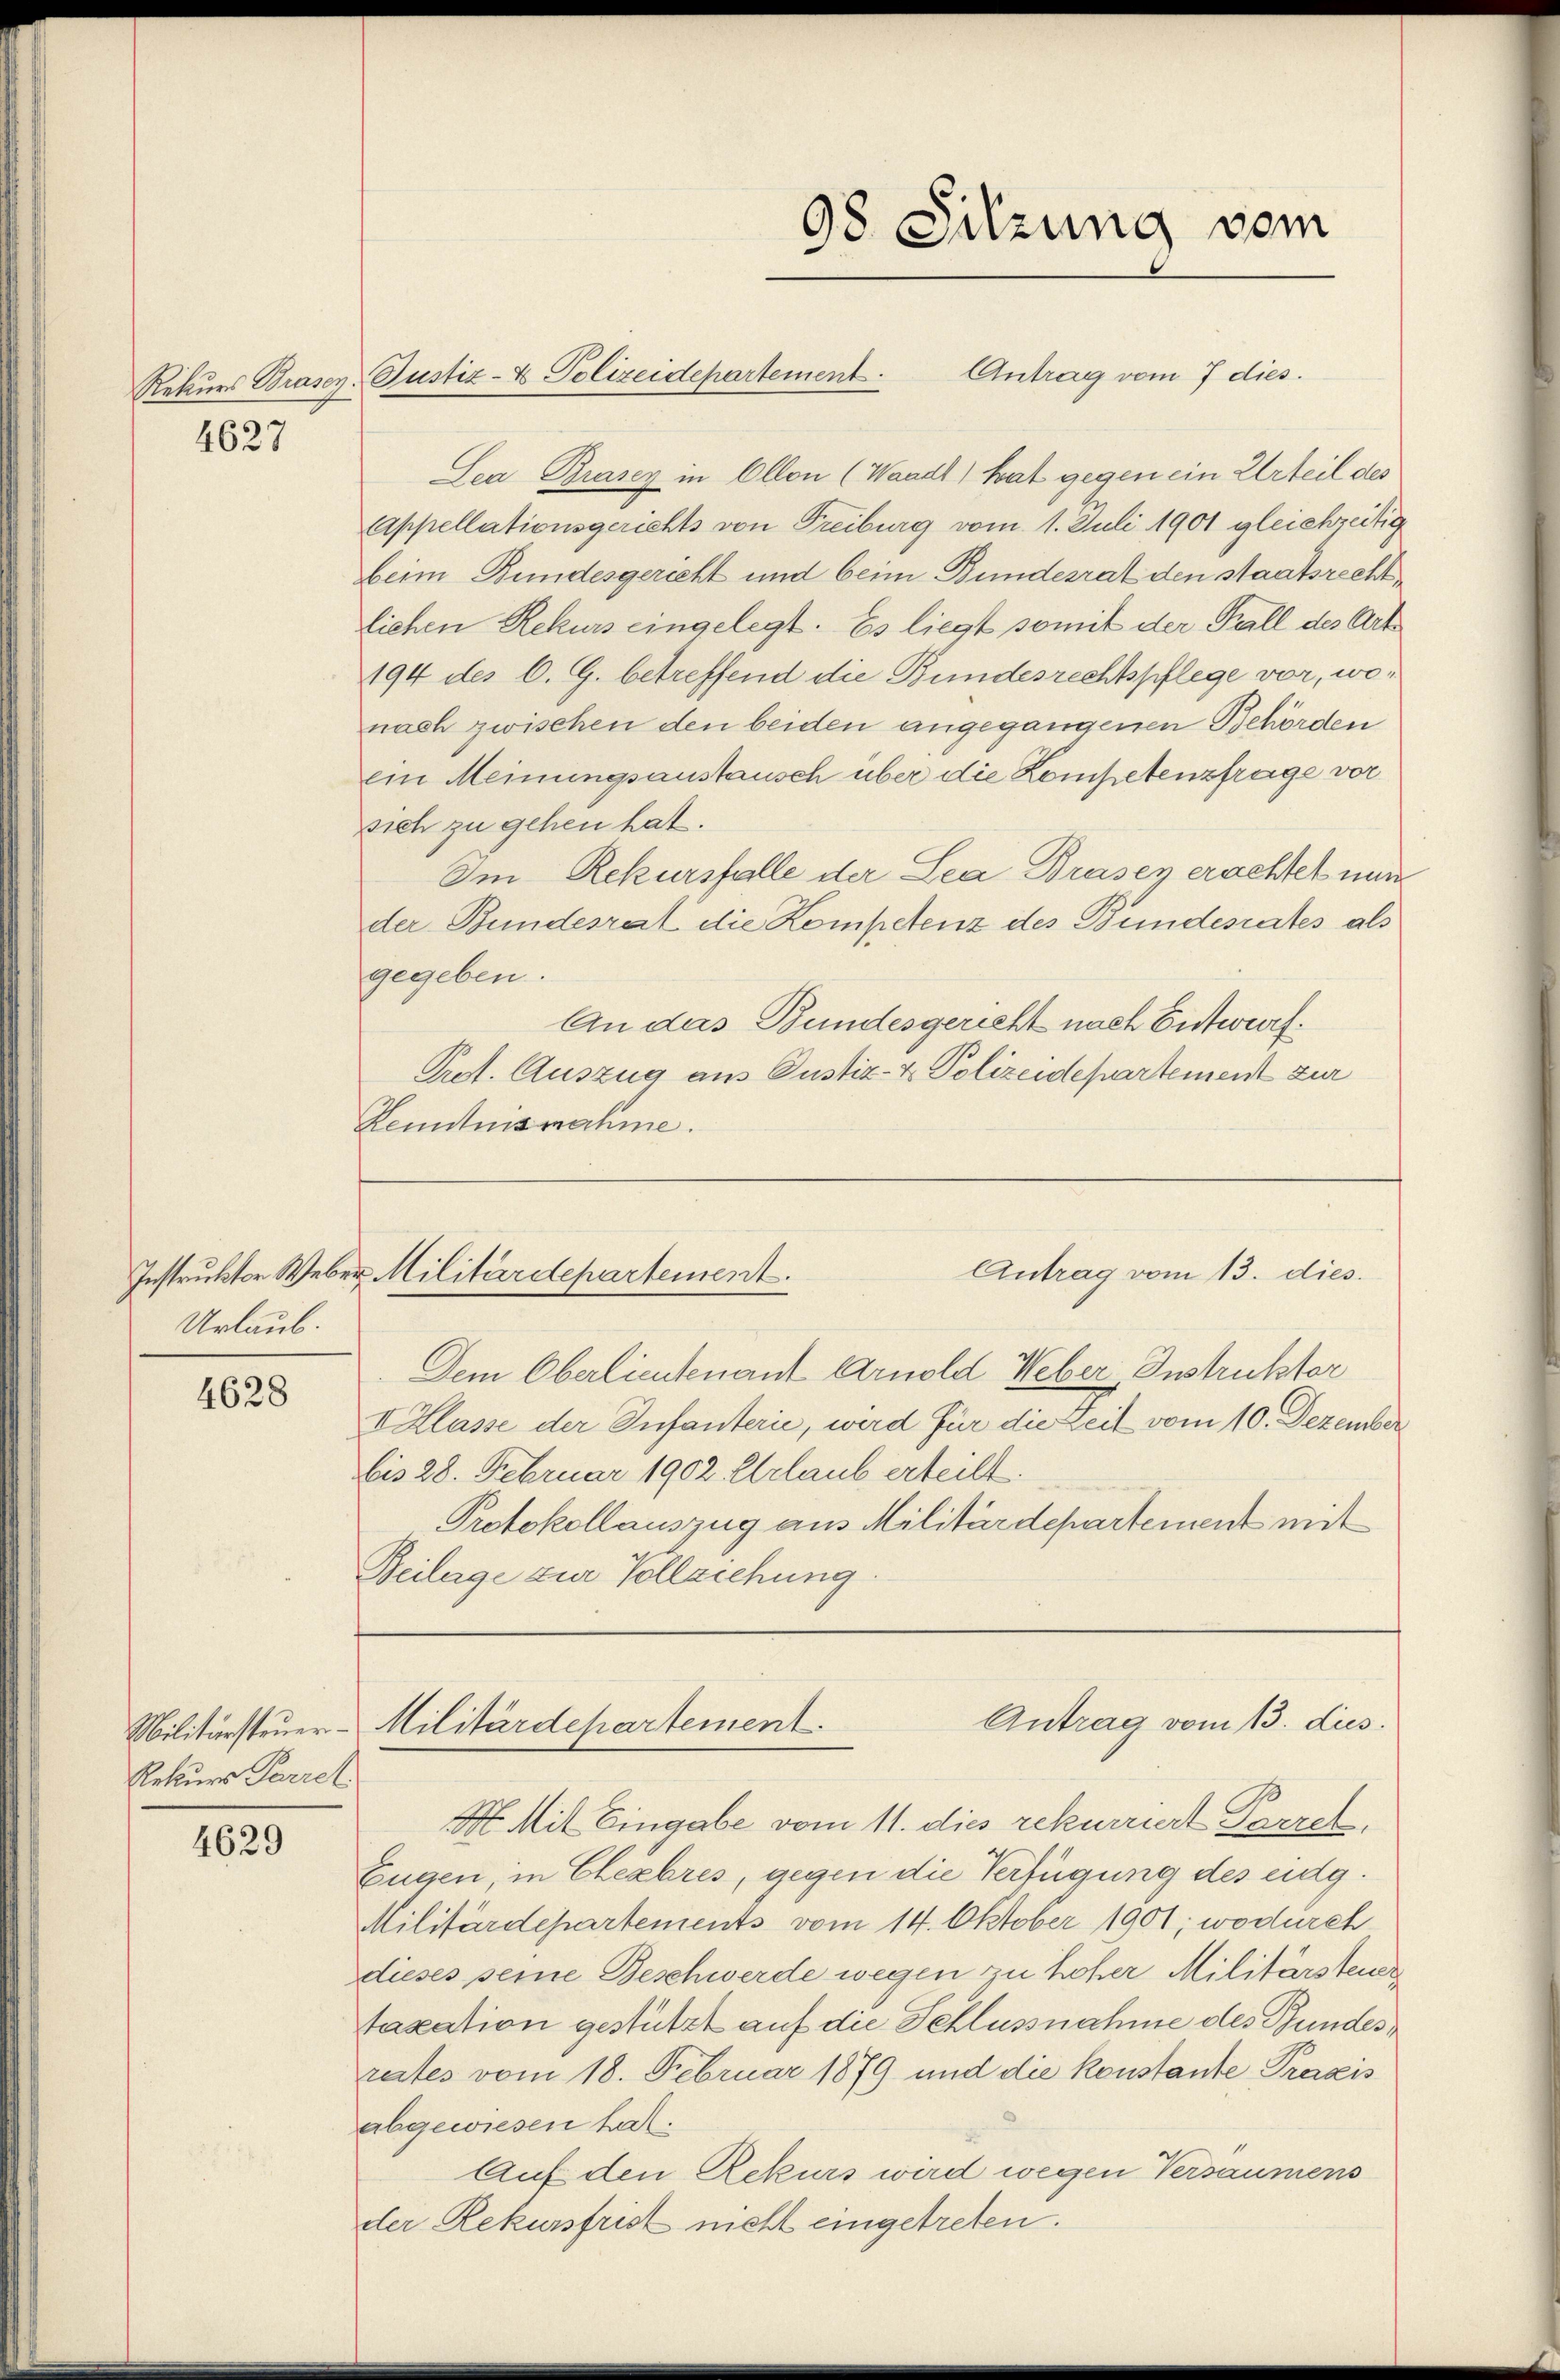
4627

Urlaub.

4628

Rekurs Parzel

4629

Rekurs Brasen: Justiz- & Polizeidepartement. Antrag vom 7 dies.
Lea Brasey in Ollon (Waadt) hat gegen ein Urteil des
Appellationsgerichts von Freiburg vom 1. Juli 1901 gleichzeitig
beim Bundesgericht und beim Bundesrat den Staatsrechtliehen Rekurs eingelegt. Es liegt somit der Fall des Art
194 des C. G. betreffend die Bundesrechtspflege vor, wonach zwischen den beiden angegangenen Behörden
ein Meinungsanstausch über die Kompetenzfrage vor
sich zu gehen hat.
Im Rekursfalle der Lea Brasen erachtet nun
der Bundesrat die Kompetenz des Bundesrates als
gegeben.
An das Bundesgericht nach Entwurf.
Prof. Auszug aus Justiz- & Polizeidepartement zur
Kenntnisnahme.
Antrag vom 13. dies.
Instruktor Weber Militärdepartement.
Dem Oberlieutenant Arnold Weber, Instruktor
I Klasse der Infanterie, wird für die Zeit vom 10. Dezember
bis 28. Februar 1902. Erlaub erteilt.
Protokollauszug aus Militärdepartement mit
Beilage zur Vollziehung.

98 Sitzung vom

H. Mit Eingabe vom 11. dies rekurriert Parzel.
Eugen, in Eheabres, gegen die Verfügung des eidg.
Militärdepartements vom 14. Oktober 1901, wodurch
dieses seine Beschwerde wegen zu hoher Militärsteuer
taxation gestützt auf die Schlussnahme des Bundesrates vom 18. Februar 1879 und die konstante Praxis
abgewiesen hat.
Auf den Rekurs wird wegen Versäumens
der Rekursfrist nicht eingetreten.

Antrag vom 13. dus.
Militärsteuer-Militärdepartement.